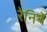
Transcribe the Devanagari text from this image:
रेनिये